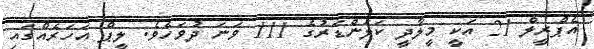
އެޕްރީލް 21 އަކީ މީލާދީ ކަލަންޑަރުގެ 111 ވަނަ ދުވަހެވެ. ލީޕް އަހަރެއްގައި